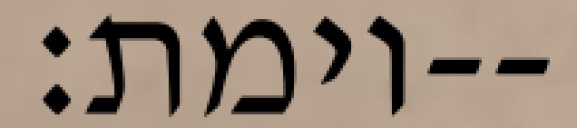
וימת׃--